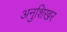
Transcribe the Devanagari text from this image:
अनुशिखर